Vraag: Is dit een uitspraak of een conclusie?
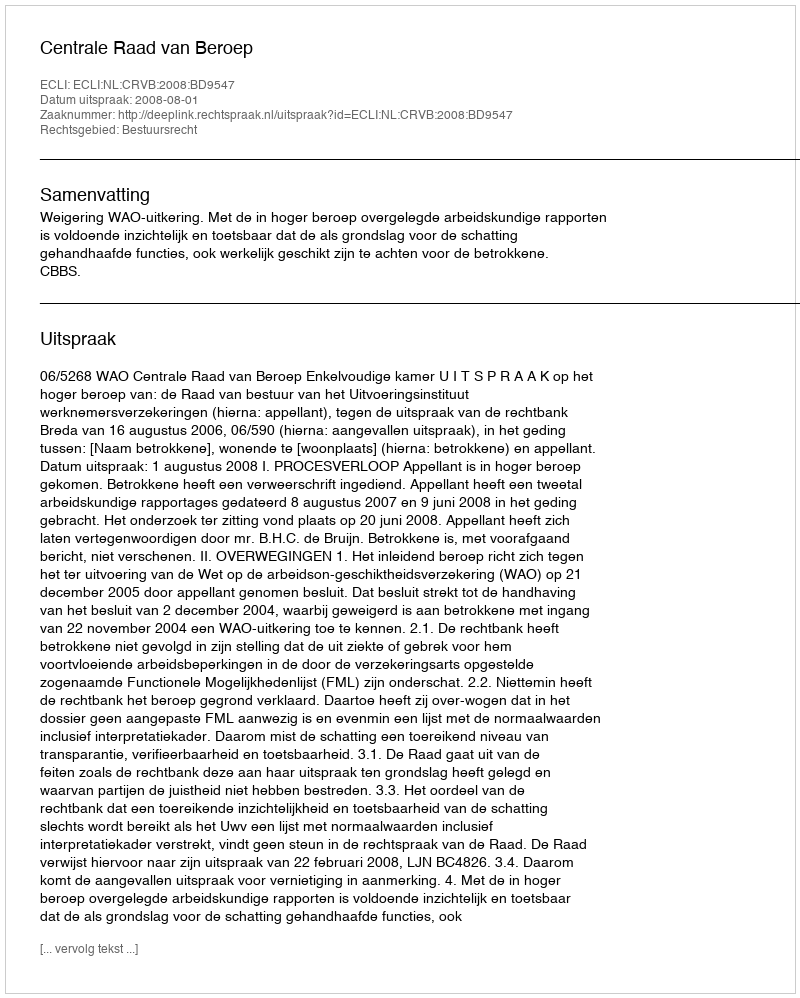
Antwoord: Uitspraak